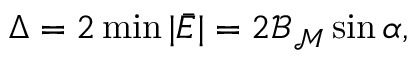
\Delta = 2 \operatorname* { m i n } | \bar { E } | = 2 { \mathcal { B } } _ { { \mathcal { M } } } \sin \alpha ,